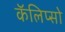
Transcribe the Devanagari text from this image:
कॅलिप्सो